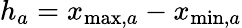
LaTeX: h_{a}=x_{\operatorname*{max},a}-x_{\operatorname*{min},a}